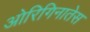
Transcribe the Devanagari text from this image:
ओरिगिनातेस